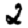
Digit: 2